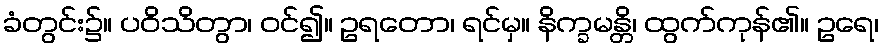
ခံတွင်း၌။ ပဝိသိတွာ၊ ဝင်၍။ ဥရတော၊ ရင်မှ။ နိက္ခမန္တိ၊ ထွက်ကုန်၏။ ဥရေ၊